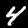
Digit: 4